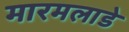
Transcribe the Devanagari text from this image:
मारमलाडे